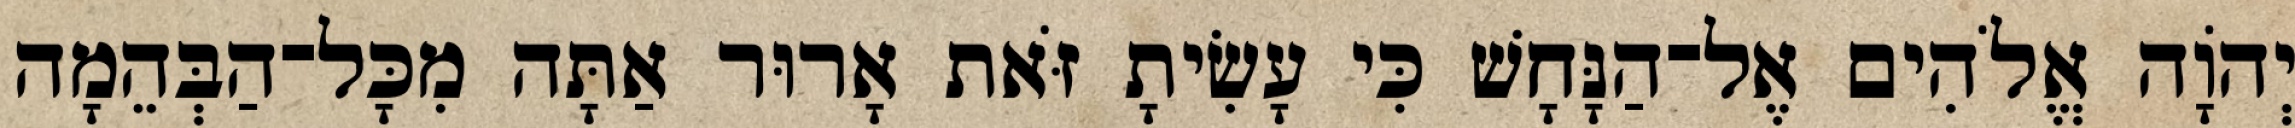
יְהֹוָה אֱלֹהִים אֶל־הַנָּחָשׁ כִּי עָשִׂיתָ זֹּאת אָרוּר אַתָּה מִכָּל־הַבְּהֵמָה